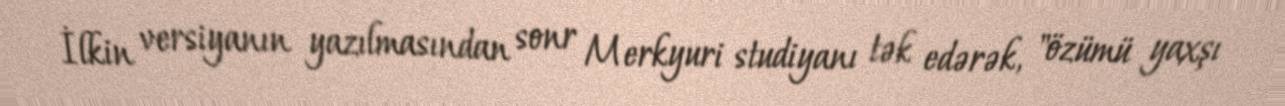
İlkin versiyanın yazılmasından sonr Merkyuri studiyanı tək edərək, "özümü yaxşı